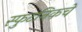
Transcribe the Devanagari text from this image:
स्फुटनिकचे